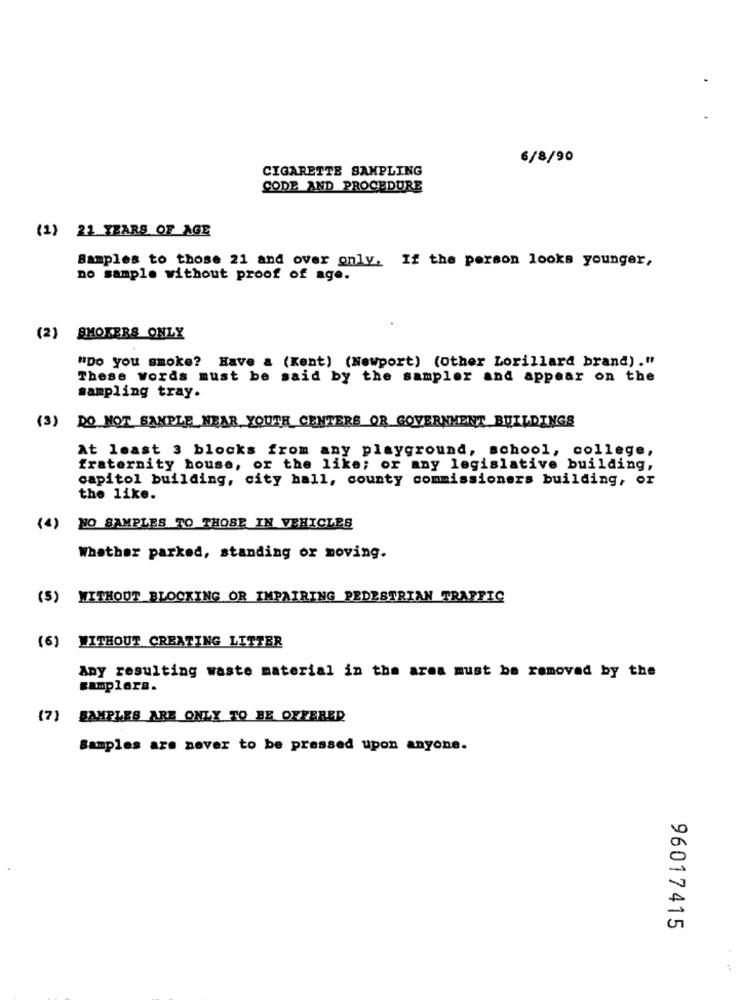
6/8/90
CIGARETTE SAMPLING
CODE AND PROCEDURE
(1) 22 YEARS OF AGE
Samples to those 21 and over only. If the person looks younger,
no sample without proof of age.
(2) SMOKERS ONLY
"Do you smoke? Have & (Kent) (Newport) (Other Lorillard brand) ."
These Words must be said by the sampler and appear on the
sampling tray.
(3) DO NOT SAMPLE NEAR YOUTH CENTERS OR GOVERNMENT BUILDINGS
At least 3 blocks from any playground, school, college,
fraternity house, or the like; or any legislative building,
capitol building, city hall, county commissioners building, or
the like.
(4) NO SAMPLES TO THOSE IN VEHICLES
Whether parked, standing or moving.
(5) WITHOUT BLOCKING OR IMPAIRING PEDESTRIAN TRAFFIC
(6) WITHOUT CREATING LITTER
Any resulting waste material in the area must be removed by the
samplers.
(7) SAMPLES ARE ONLY TO BE OFFERED
Samples are never to be pressed upon anyone.
96017415